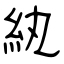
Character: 紈